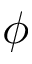
\phi